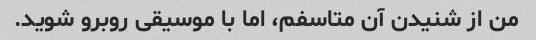
من از شنیدن آن متاسفم، اما با موسیقی روبرو شوید.